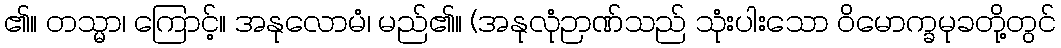
၏။ တသ္မာ၊ ကြောင့်။ အနုလောမံ၊ မည်၏။ (အနုလုံဉာဏ်သည် သုံးပါးသော ဝိမောက္ခမုခတို့တွင်